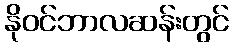
နိုဝင်ဘာလဆန်းတွင်